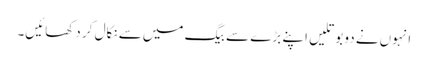
انہوں‌نے دو بوتلیں اپنے بڑے سے بیگ میں‌سے نکال کر دکھائیں۔